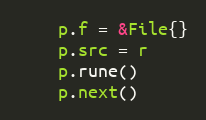
Language: Go
	p.f = &File{}
	p.src = r
	p.rune()
	p.next()